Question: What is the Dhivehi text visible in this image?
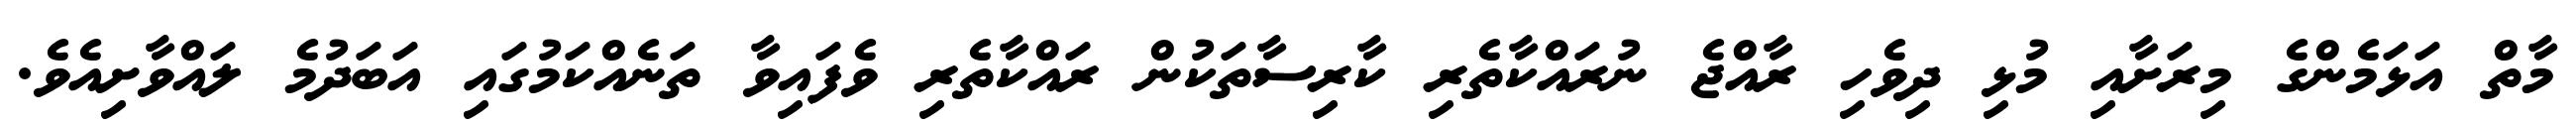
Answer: މާތް އަޅަމެންގެ މިރަށާއި މުޅި ދިވެހި ރާއްޖެ ނުރައްކާތެރި ކާރިސާތަކުން ރައްކާތެރި ވެފައިވާ ތަނެއްކަމުގައި އަބަދުމެ ލައްވާށިއެވެ.